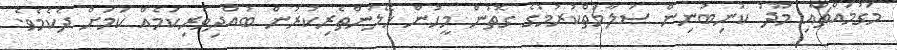
މަގުމައްޗާއި މޫދު ކުނިބުނިން ސަލާމަތްކުރުމުގެ ގޮތުން މީހުން ހޭލުންތެރިކުރުން ބުއްދިވެރިކަމެއް ކަމަށް ދެކެމެވެ.